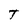
Character: T